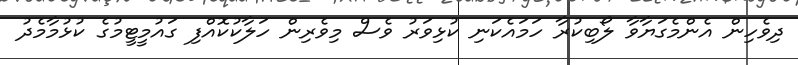
ދިވެހިން އެންމެގަޔާވާ ލޯބިކުރާ ހަމައެކަނި ކުޅިވަރު ވެސް މިވެރިން ހަލާކުކޮއްފި ގައުމީޓީމުގެ ކުޅުމާމެދު